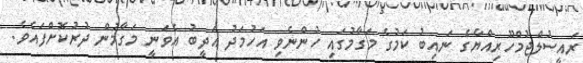
ރައީސުލްޖުމްހޫރިއްޔާގެ ނައިބު ކަމުގެ މަގާމުގައި ހުންނެވި އަހުމަދު އަދީބު އެވަނީ މަގާމުން ދުރުކޮށްފައެވެ.